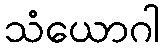
သံယောဂါ